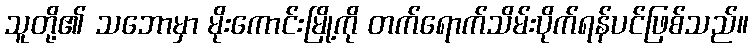
သူတို့၏ သဘောမှာ မိုးကောင်းမြို့ကို တက်ရောက်သိမ်းပိုက်ရန်ပင်ဖြစ်သည်။